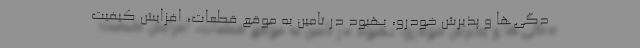
دگی‌ها و پذیرش خودرو، بهبود در تامین به موقع قطعات، افزایش کیفیت